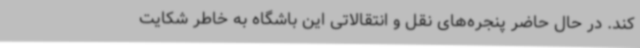
کند. در حال حاضر پنجره‌های نقل و انتقالاتی این باشگاه به خاطر شکایت